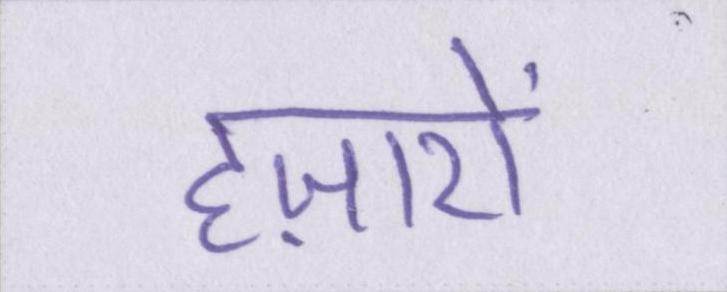
हज़ारों